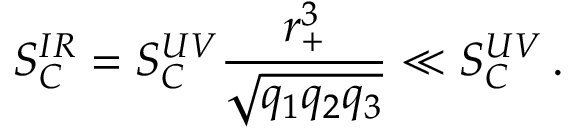
S _ { C } ^ { I R } = S _ { C } ^ { U V } \frac { r _ { + } ^ { 3 } } { \sqrt { q _ { 1 } q _ { 2 } q _ { 3 } } } \ll S _ { C } ^ { U V } \, .